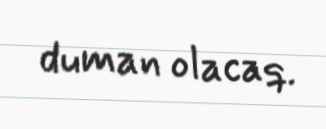
duman olacaq.